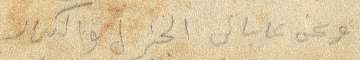
ويحن عابالي  الجزل والكبار